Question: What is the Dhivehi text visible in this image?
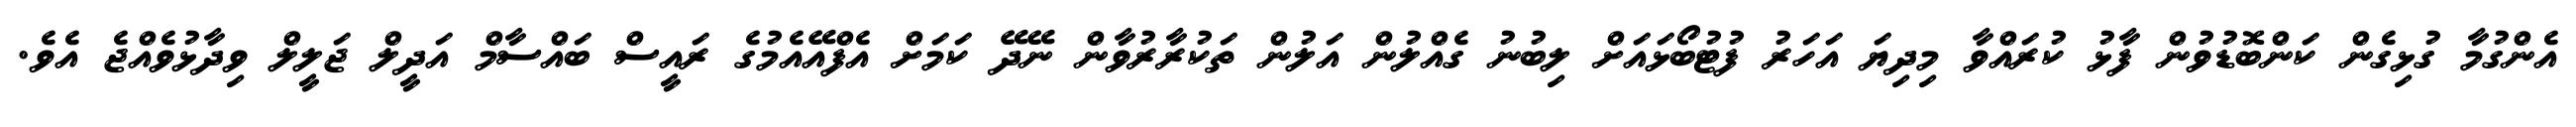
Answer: އެންގުމާ ގުޅިގެން ކަންބޮޑުވުން ފާޅު ކުރައްވާ މިދިޔަ އަހަރު ފުޓުބޯޅައަށް ލިބުނު ގެއްލުން އަލުން ތަކުރާރުވާން ނޭދޭ ކަމަށް އެފްއޭއެމުގެ ރައީސް ބައްސާމް އަދީލް ޖަލީލް ވިދާޅުވެއްޖެ އެވެ.